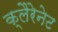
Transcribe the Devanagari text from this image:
क्लैरेनेट